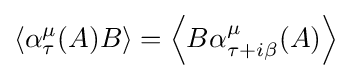
\left\langle \alpha _{\tau }^{\mu }(A)B\right\rangle =\left\langle B\alpha _{\tau +i\beta }^{\mu }(A)\right\rangle